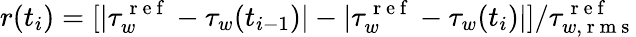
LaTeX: r(t_{i})=[|\tau_{w}^{\mathrm{~r~e~f~}}-\tau_{w}(t_{i-1})|-|\tau_{w}^{\mathrm{~r~e~f~}}-\tau_{w}(t_{i})|]/\tau_{w,\mathrm{~r~m~s~}}^{\mathrm{~r~e~f~}}